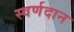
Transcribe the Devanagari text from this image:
स्वर्णदान